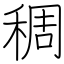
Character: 稠